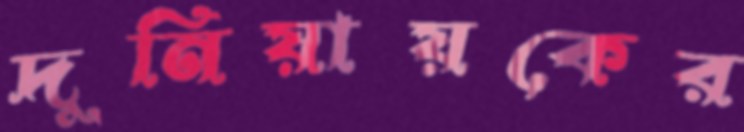
দুনিয়ায়কের